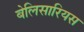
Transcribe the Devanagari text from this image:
बेलिसारियस